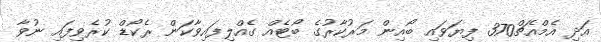
އަދި އެމްއެޗް370 ފިޔަވައި ބޯއިން މަރުކާރުގެ ބޯޓެއް ގެއްލިފައިވާކަން ރެކޯޑް ކުރެވިފައި ނުވާ